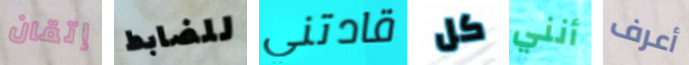
إتقان للضابط قادتني كل أنني أعرف